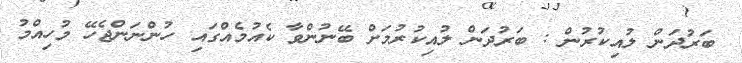
ބަރުދަން ލުއިކުރުން : ބަރުދަން ލުއިކުރުމަށް ބޭނުންވާ ކެއުމެއްގައި ހުންނަންޖެހޭ މުހިއްމު